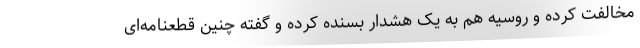
مخالفت کرده و روسیه هم به یک هشدار بسنده کرده و گفته چنین قطعنامه‌ای